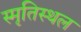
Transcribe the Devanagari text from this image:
स्मृतिस्थल